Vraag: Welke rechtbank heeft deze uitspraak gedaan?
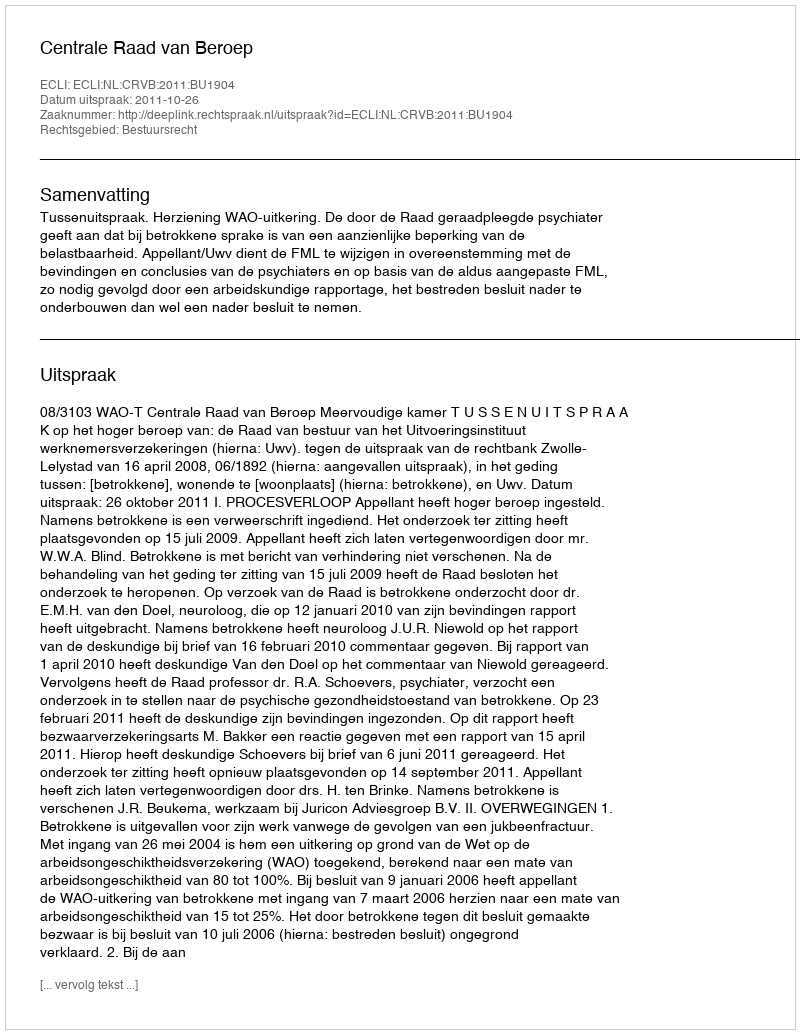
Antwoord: Centrale Raad van Beroep